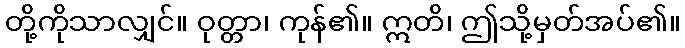
တို့ကိုသာလျှင်။ ဝုတ္တာ၊ ကုန်၏။ ဣတိ၊ ဤသို့မှတ်အပ်၏။